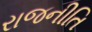
રાજનીતિ